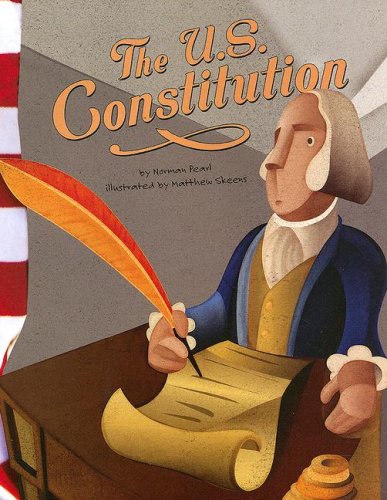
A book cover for The U.S. Constitution (American Symbols); Norman Pearl; Children's Books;